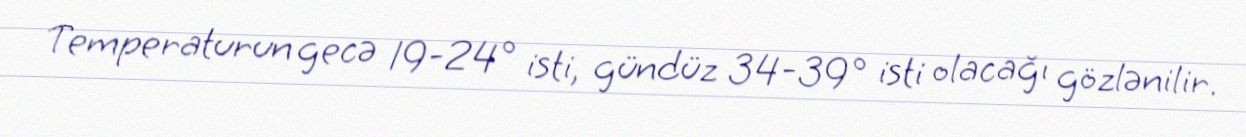
Temperaturun gecə 19-24° isti, gündüz 34-39° isti olacağı gözlənilir.